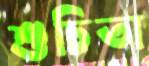
শুচিতা